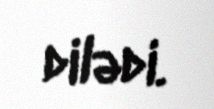
dilədi.